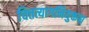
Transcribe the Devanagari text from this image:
चित्तत्यागनियुक्तश्च